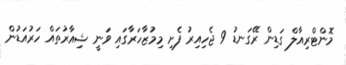
މޮންޓްރިއާލް ގަޑިން ރޭގަނޑު 9 ޖެހިއިރު ފެށި މިމުޒާހަރާގައި ވަނީ ޝިއާރުތައް ހަރުއަޑުން